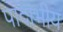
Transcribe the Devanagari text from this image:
पादाभीय